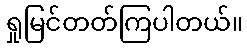
ရှုမြင်တတ်ကြပါတယ်။